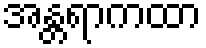
အန္တရာကထာ